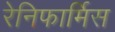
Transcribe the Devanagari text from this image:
रेनिफार्मिस